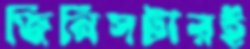
জিনিসটারই